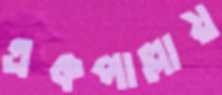
একপাল্লায়